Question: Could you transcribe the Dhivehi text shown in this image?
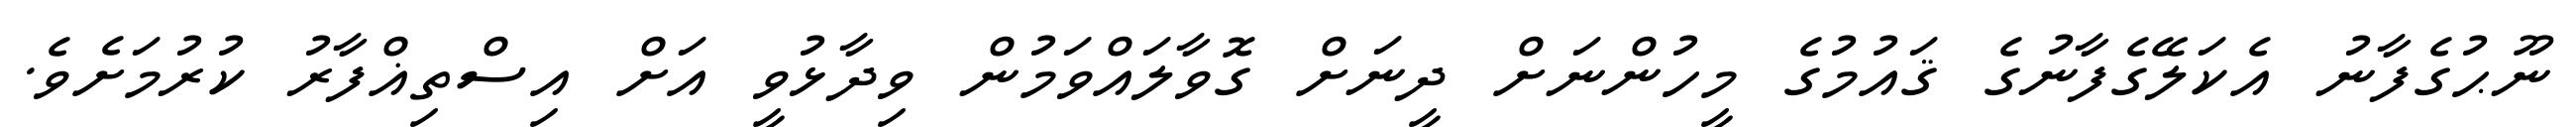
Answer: ނޫޙުގެފާނު އެކަލޭގެފާނުގެ ޤައުމުގެ މީހުންނަށް ދީނަށް ގޮވާލައްވަމުން ވިދާޅުވީ އަށް އިސްތިޣްފާރު ކުރުމަށެވެ.